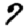
Digit: 7